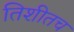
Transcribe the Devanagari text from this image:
तिशीतच